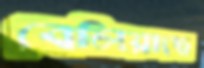
বেলিয়াছে